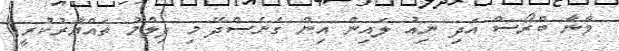
ވާނާ ބްރޯސް އަދި ނިއު ލައިން އިން ގެނެސްދޭ މި ފިލްމު ތައްޔާރުކުރީ